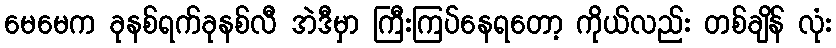
မေမေက ခုနစ်ရက်ခုနစ်လီ အဲဒီမှာ ကြီးကြပ်နေရတော့ ကိုယ်လည်း တစ်ချိန် လုံး